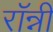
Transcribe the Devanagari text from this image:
राॅन्नी